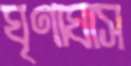
ঘৃণাঘাস